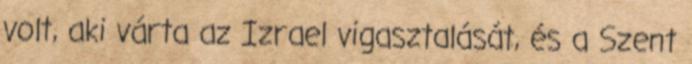
volt, aki várta az Izrael vigasztalását, és a Szent